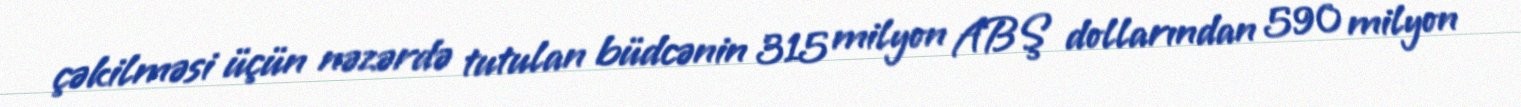
çəkilməsi üçün nəzərdə tutulan büdcənin 315 milyon ABŞ dollarından 590 milyon